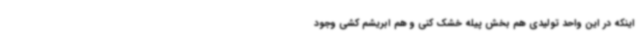
اینکه در این واحد تولیدی هم بخش پیله خشک کنی و هم ابریشم کشی وجود